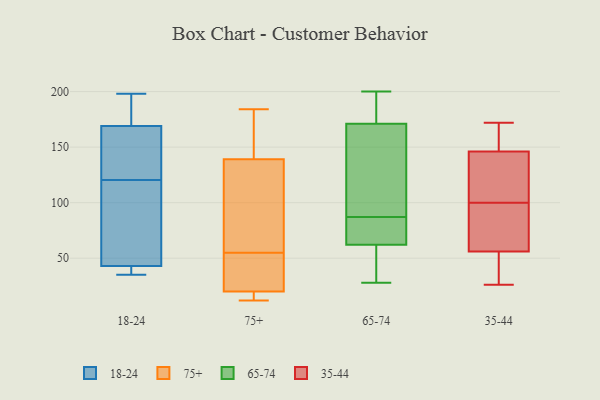
{"axis": {"x": "Net Income (USD K)", "y": "Value"}, "legend": ["18-24", "35-44", "65-74", "75+"], "data": [{"x": "", "y": 111, "type": "18-24"}, {"x": "", "y": 40, "type": "18-24"}, {"x": "", "y": 198, "type": "18-24"}, {"x": "", "y": 67, "type": "18-24"}, {"x": "", "y": 43, "type": "18-24"}, {"x": "", "y": 136, "type": "18-24"}, {"x": "", "y": 35, "type": "18-24"}, {"x": "", "y": 189, "type": "18-24"}, {"x": "", "y": 80, "type": "18-24"}, {"x": "", "y": 193, "type": "18-24"}, {"x": "", "y": 169, "type": "18-24"}, {"x": "", "y": 130, "type": "18-24"}, {"x": "", "y": 155, "type": "18-24"}, {"x": "", "y": 42, "type": "18-24"}, {"x": "", "y": 97, "type": "75+"}, {"x": "", "y": 184, "type": "75+"}, {"x": "", "y": 139, "type": "75+"}, {"x": "", "y": 70, "type": "75+"}, {"x": "", "y": 40, "type": "75+"}, {"x": "", "y": 20, "type": "75+"}, {"x": "", "y": 37, "type": "75+"}, {"x": "", "y": 12, "type": "75+"}, {"x": "", "y": 16, "type": "75+"}, {"x": "", "y": 159, "type": "75+"}, {"x": "", "y": 171, "type": "65-74"}, {"x": "", "y": 62, "type": "65-74"}, {"x": "", "y": 200, "type": "65-74"}, {"x": "", "y": 105, "type": "65-74"}, {"x": "", "y": 38, "type": "65-74"}, {"x": "", "y": 90, "type": "65-74"}, {"x": "", "y": 78, "type": "65-74"}, {"x": "", "y": 84, "type": "65-74"}, {"x": "", "y": 177, "type": "65-74"}, {"x": "", "y": 28, "type": "65-74"}, {"x": "", "y": 75, "type": "35-44"}, {"x": "", "y": 105, "type": "35-44"}, {"x": "", "y": 41, "type": "35-44"}, {"x": "", "y": 112, "type": "35-44"}, {"x": "", "y": 62, "type": "35-44"}, {"x": "", "y": 94, "type": "35-44"}, {"x": "", "y": 26, "type": "35-44"}, {"x": "", "y": 172, "type": "35-44"}, {"x": "", "y": 100, "type": "35-44"}, {"x": "", "y": 158, "type": "35-44"}, {"x": "", "y": 166, "type": "35-44"}, {"x": "", "y": 142, "type": "35-44"}, {"x": "", "y": 60, "type": "35-44"}, {"x": "", "y": 142, "type": "35-44"}, {"x": "", "y": 44, "type": "35-44"}, {"x": "", "y": 168, "type": "35-44"}, {"x": "", "y": 36, "type": "35-44"}]}